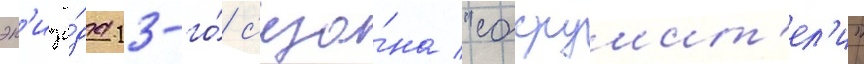
эп'изо́да 13-го́ с'езо́на "сокрушит'ел'и"